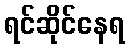
ရင်ဆိုင်နေရ